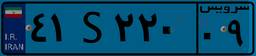
۴۱S۲۲۰۰۹